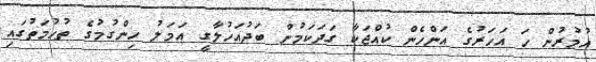
އުމުރުން ހަ އަހަރުގެ އަންހެން ކުއްޖަކާ ގަދަކަމުން ބަދުއަޚުލާގީ އަމަލު ހިންގުމުގެ ތުހުމަތުގައި